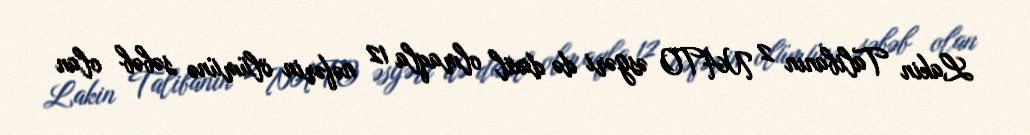
Lakin Talibanın 2 NATO əsgəri də daxil olmaqla 12 nəfərin ölümünə səbəb olan